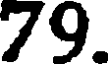
79.